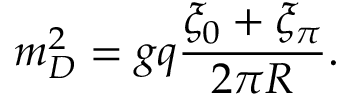
m _ { D } ^ { 2 } = g q { \frac { \xi _ { 0 } + \xi _ { \pi } } { 2 \pi R } } .